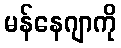
မန်နေဂျာကို